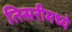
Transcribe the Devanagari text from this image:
तिसरीमध्ये